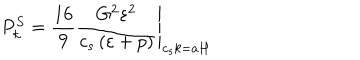
P _ { k } ^ { S } = \left. \frac { 1 6 } { 9 } \frac { G ^ { 2 } \varepsilon ^ { 2 } } { c _ { s } \left( \varepsilon + p \right) } \right| _ { c _ { s } k = a H }